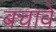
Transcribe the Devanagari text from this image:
बचावे